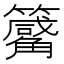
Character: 𥷑